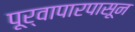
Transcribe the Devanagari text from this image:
पूर्वापारपासून